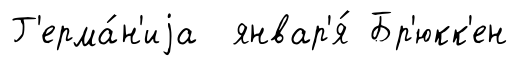
Г'ерма́н'иjа январ'я́ Бр'юкк'ен